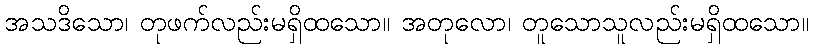
အသဒိသော၊ တုဖက်လည်းမရှိထသော။ အတုလော၊ တူသောသူလည်းမရှိထသော။